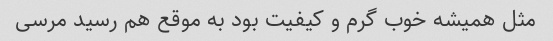
مثل همیشه خوب گرم و کیفیت بود به موقع هم رسید مرسی